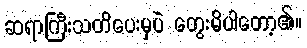
ဆရာကြီးသတိပေးမှပဲ တွေးမိပါတော့၏။